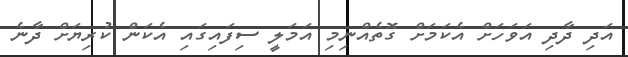
އަދި ދާދި އަވަހަށް އެކަމަށް ގޮތެއްނިމި އަމަލީ ސިފައިގައި އެކަން ކުރިޔަށް ދާނެ